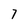
Character: 7